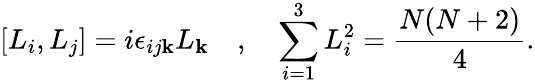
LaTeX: [L_{i},L_{j}]=i\epsilon_{ij\mathbf{k}}L_{\mathbf{k}}\quad,\quad\sum_{i=1}^{3}L_{i}^{2}=\frac{{N(N+2)}}{{4}}.